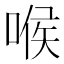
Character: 喉